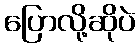
ပြောလို့ဆိုပဲ